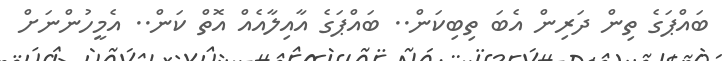
ބައްޕަގެ ތިން ދަރިން އެބަ ތިބިކަން.. ބައްޕަގެ އާއިލާއެއް އޮތް ކަން.. އެމީހުންނަށް